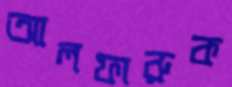
আলফারুক